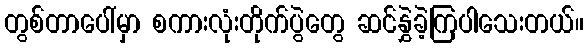
တွစ်တာပေါ်မှာ စကားလုံးတိုက်ပွဲတွေ ဆင်နွှဲခဲ့ကြပါသေးတယ်။